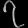
Digit: ၇